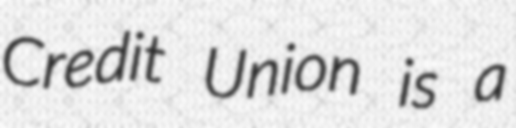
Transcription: Credit Union is a